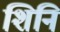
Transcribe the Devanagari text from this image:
शिनि